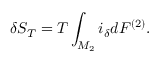
\delta S _ { T } = T \int _ { { \cal M } _ { 2 } } i _ { \delta } d { \cal F } ^ { ( 2 ) } .